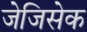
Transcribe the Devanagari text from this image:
जेजिसेक